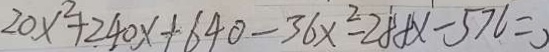
2 0 x ^ { 2 } + 2 4 0 x + 6 4 0 - 3 6 x ^ { 2 } - 2 8 8 x - 5 7 6 =